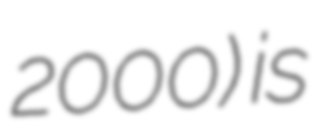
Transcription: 2000) is